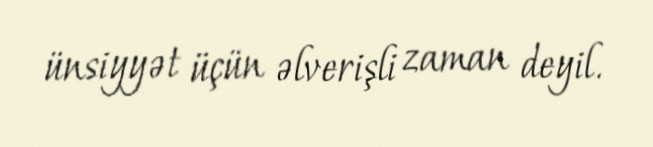
ünsiyyət üçün əlverişli zaman deyil.